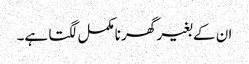
ان کے بغیر گھر نامکمل لگتا ہے۔